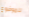
للموضوع